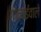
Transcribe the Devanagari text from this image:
गोलाईवाले